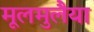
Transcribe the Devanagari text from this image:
मूलमुलैया